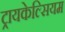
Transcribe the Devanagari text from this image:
ट्रायकेल्सियम